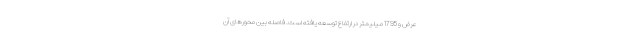
عرض و 1795 میلیمتر در ارتفاع توسعه یافته است. فاصله بین محورهای آن